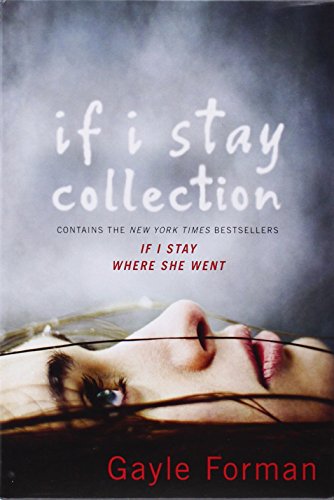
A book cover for If I Stay Collection; Gayle Forman; Teen & Young Adult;